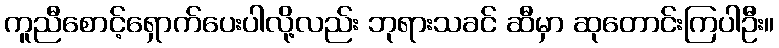
ကူညီစောင့်ရှောက်ပေးပါလို့လည်း ဘုရားသခင် ဆီမှာ ဆုတောင်းကြပါဦး။